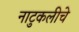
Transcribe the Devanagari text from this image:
नाटुकलीचे